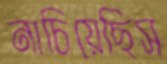
নাচিয়েছিস